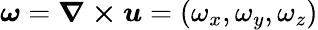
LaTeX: \boldsymbol{\omega}=\boldsymbol{\nabla\times u}=(\omega_{x},\omega_{y},\omega_{z})